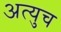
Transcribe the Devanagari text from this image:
अत्युच